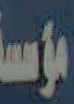
مؤسة